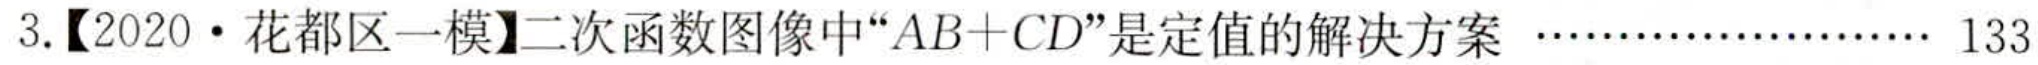
3.【2020·花都区一模】二次函数图像中“\(AB + CD\)”是定值的解决方案……………………133